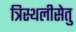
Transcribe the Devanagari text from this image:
त्रिस्थलीसेतु